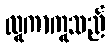
လူကာကူသည်